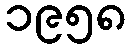
၁၉၅၈